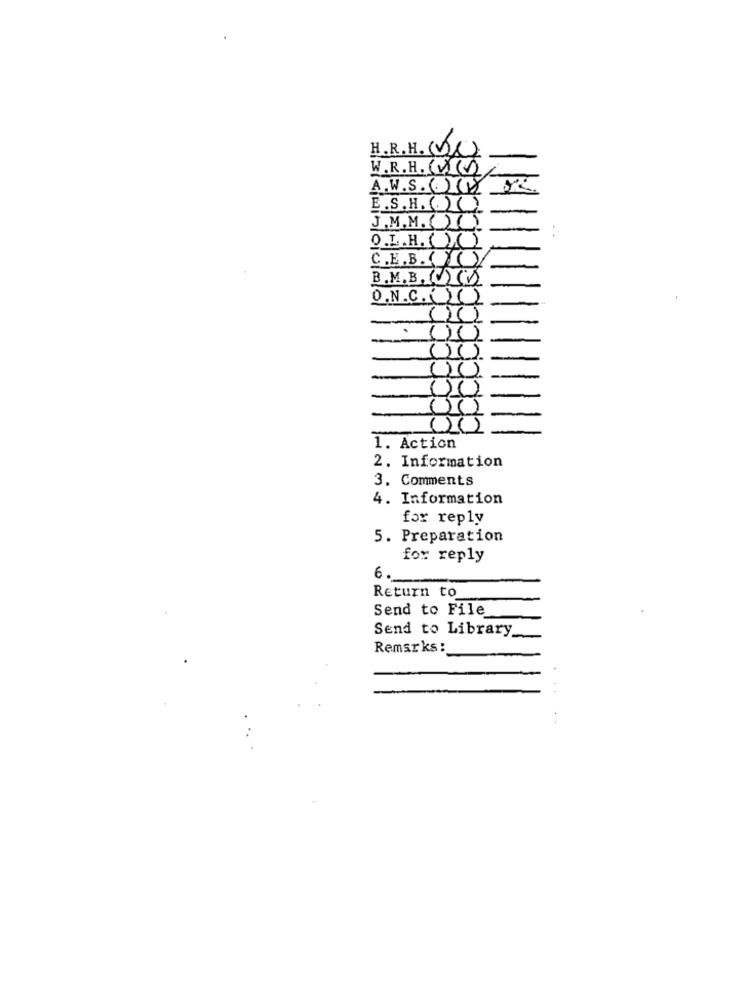
H.R.H. (V)
W. R.H. (X)
A.W.S.XX
E.S.H. (.) C
J.M. M.( X
O.L.H. ( )( )
C.E.B.O
B.M. B. C
-
O.N.C. ())
(10)
1. Action
2. Information
3. Comments
4. Information
for reply
5. Preparation
for reply
6.
Return to
Send to File
Send to Library
Remarks :_